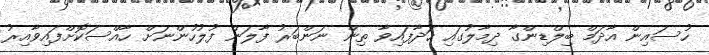
ހުސައިން އާދަމް ބިލްޑިންގާ ދިމާލުގައި ހަދާފައިވާ ތިން ނަންބަރު ފާލަން ފުލުހުންނަށް ހާއްސަކޮށްފައިވާއިރު